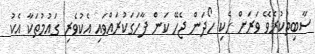
ސާބިތުކުރެވޭ ވަރަށް ހެކި ހޯދަން ޖެހޭ ކަން ފާހަގަކުރައްވައި އެކުވެރި ގައުމުތަކާ އެކު